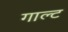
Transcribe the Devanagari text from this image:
गाल्ट